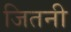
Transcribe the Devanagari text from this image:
जितनी